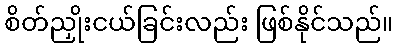
စိတ်ညှိုးငယ်ခြင်းလည်း ဖြစ်နိုင်သည်။